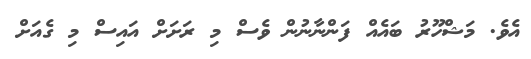
އެވެ. މަޝްހޫރު ބައެއް ފަންނާނުން ވެސް މި ރަށަށް އައިސް މި ގެއަށް